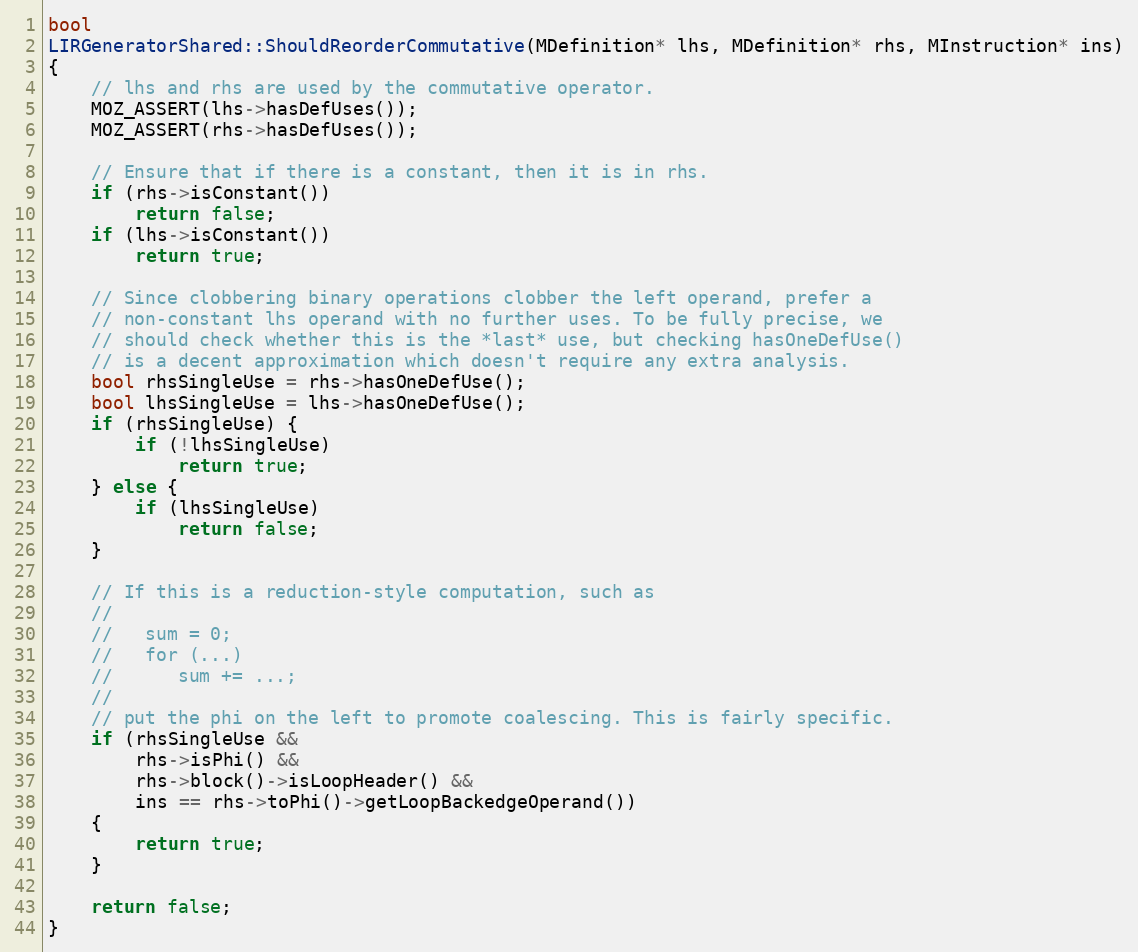
Language: C++
bool
LIRGeneratorShared::ShouldReorderCommutative(MDefinition* lhs, MDefinition* rhs, MInstruction* ins)
{
    // lhs and rhs are used by the commutative operator.
    MOZ_ASSERT(lhs->hasDefUses());
    MOZ_ASSERT(rhs->hasDefUses());

    // Ensure that if there is a constant, then it is in rhs.
    if (rhs->isConstant())
        return false;
    if (lhs->isConstant())
        return true;

    // Since clobbering binary operations clobber the left operand, prefer a
    // non-constant lhs operand with no further uses. To be fully precise, we
    // should check whether this is the *last* use, but checking hasOneDefUse()
    // is a decent approximation which doesn't require any extra analysis.
    bool rhsSingleUse = rhs->hasOneDefUse();
    bool lhsSingleUse = lhs->hasOneDefUse();
    if (rhsSingleUse) {
        if (!lhsSingleUse)
            return true;
    } else {
        if (lhsSingleUse)
            return false;
    }

    // If this is a reduction-style computation, such as
    //
    //   sum = 0;
    //   for (...)
    //      sum += ...;
    //
    // put the phi on the left to promote coalescing. This is fairly specific.
    if (rhsSingleUse &&
        rhs->isPhi() &&
        rhs->block()->isLoopHeader() &&
        ins == rhs->toPhi()->getLoopBackedgeOperand())
    {
        return true;
    }

    return false;
}